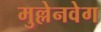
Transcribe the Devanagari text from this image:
मुल्लेनवेग